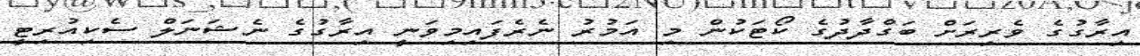
އިރާގުގެ ވެރިރަށް ބަގްދާދުގެ ކޯޓަކުން މި އަމުރު ނެރެފައިމިވަނީ އިރާގުގެ ނެޝަނަލް ސެކިއުރިޓީ